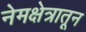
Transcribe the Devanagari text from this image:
नेमक्षेत्रातून